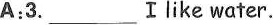
A:3. ___ Ⅰlike water.